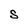
Character: S